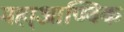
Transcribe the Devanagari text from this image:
महा्आण्विक